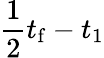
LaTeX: \frac{1}{2}t_{\mathrm{f}}-t_{1}